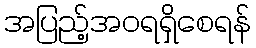
အပြည့်အဝရရှိစေရန်